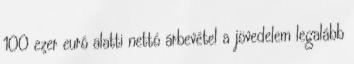
100 ezer euró alatti nettó árbevétel a jövedelem legalább